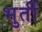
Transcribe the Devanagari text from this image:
भुर्ती